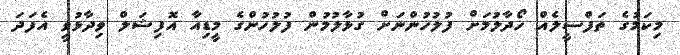
މިކަމުގެ ތަފްސީލެއް ހޯދާލުމަށް ފުލުހުންނަށް ގުޅާލުމުން ފުލުހުންގެ މީޑިއާ އޮފިޝަލް ވިދާޅުވީ އެފަދަ